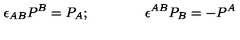
\epsilon _ { A B } P ^ { B } = P _ { A } ; \qquad \qquad \epsilon ^ { A B } P _ { B } = - P ^ { A }